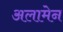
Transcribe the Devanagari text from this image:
अलामेन